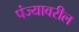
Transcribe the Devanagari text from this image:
पंज्यावरील